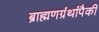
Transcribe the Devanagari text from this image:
ब्राह्मणग्रंथांपैकी